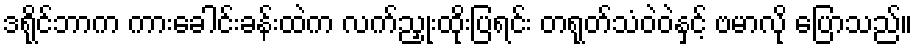
ဒရိုင်ဘာက ကားခေါင်းခန်းထဲက လက်ညှုးထိုးပြရင်း တရုတ်သံဝဲဝဲနှင့် ဗမာလို ပြောသည်။